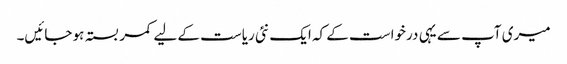
میری آپ سے یہی درخواست کے کہ ایک نئی ریاست کے لیے کمر بستہ ہو جائیں۔